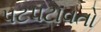
પટપટાવતો